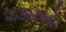
૨૩૪મો